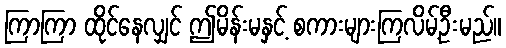
ကြာကြာ ထိုင်နေလျှင် ဤမိန်းမနှင့် စကားများကြလိမ့်ဦးမည်။